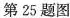
第25题图